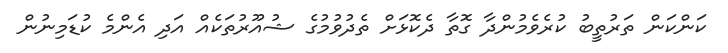
ކަންކަން ތަރުތީބު ކުރެވެމުންދާ ގޮތާ ދެކޮޅަށް ތެދުވުމުގެ ޝުއޫރުތަކެއް އަދި އެންމެ ކުޑަމިނުން